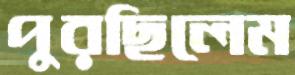
পুরছিলেম